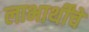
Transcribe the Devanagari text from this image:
लाभार्थींचे